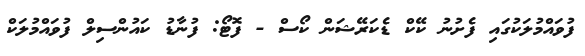
ފުވައްމުލަކުގައި ފެށުނު ކޭކް ޑެކަރޭޝަން ކޯސް - ފޮޓޯ: ފުނާޑު ކައުންސިލް ފުވައްމުލަކް